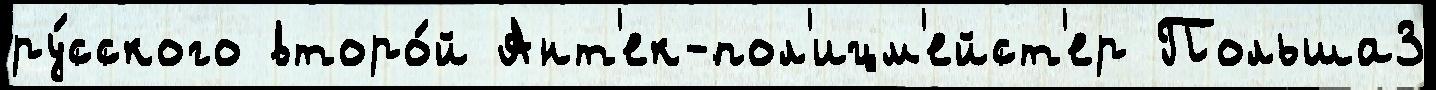
ру́сского второ́й Ант'ек-пол'ицм'ейст'ер Польша3